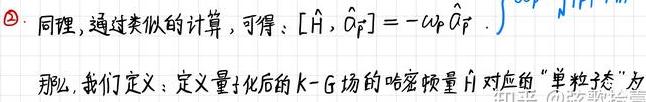
$\textcircled{2}$. 同理，通过类似的计算，可得：$[\hat{H}, \hat{a}_{\vec{p}}]=-\omega_{\vec{p}} \hat{a}_{\vec{p}} .$

那么，我们定义：定义量化后的 K - G 场的哈密顿量 $\hat{H}$ 对应的“单粒子态”为